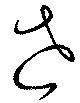
垚